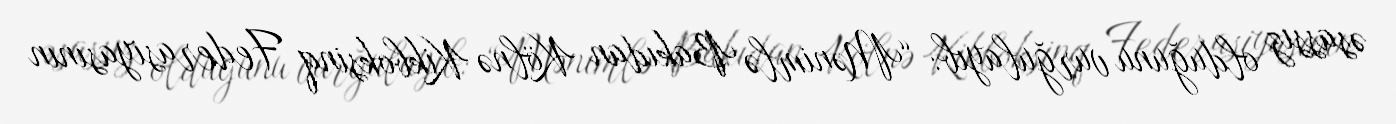
əsassız olduğunu vurğulayıb: “Mənimlə Bakıdan Kölnə Kikboksinq Federasiyasının